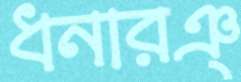
ধনারঞ্